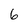
Character: 6